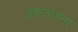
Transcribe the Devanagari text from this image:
उकलताना